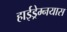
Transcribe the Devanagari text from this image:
हाईड्रेम्नयास